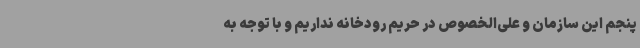
پنجم این سازمان و علی‌الخصوص در حریم رودخانه نداریم و با توجه به